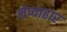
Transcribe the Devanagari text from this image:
लेप्याहार